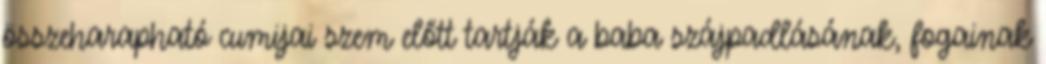
összeharapható cumijai szem előtt tartják a baba szájpadlásának, fogainak